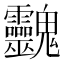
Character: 䰱